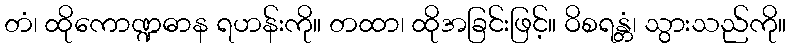
တံ၊ ထိုကောဏ္ဍဓာန ရဟန်းကို။ တထာ၊ ထိုအခြင်းဖြင့်။ ဝိစရန္တံ၊ သွားသည်ကို။